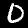
Label: 0